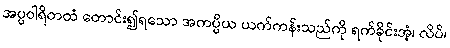
အပ္ပဝါရိတထံ တောင်း၍ရသော အကပ္ပိယ ယက်ကန်းသည်ကို ရက်ခိုင်းအံ့၊ လိပ်၊